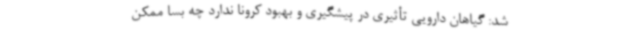
شد: گیاهان دارویی تأثیری در پیشگیری و بهبود کرونا ندارد چه بسا ممکن